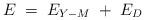
LaTeX: \begin{align*} E \; = \; E_{Y-M} \; + \; E_D \;\end{align*}